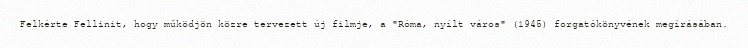
Felkérte Fellinit, hogy működjön közre tervezett új filmje, a "Róma, nyílt város" (1945) forgatókönyvének megírásában.